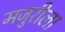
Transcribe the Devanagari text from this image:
मजुरीला